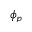
\phi _ { p }